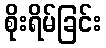
စိုးရိမ်ခြင်း